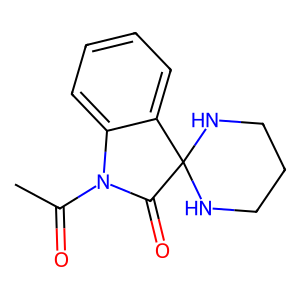
SMILES: CC(=O)N1C(=O)C2(NCCCN2)c2ccccc21
Inhibits HIV replication: No